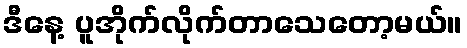
ဒီနေ့ ပူအိုက်လိုက်တာသေတော့မယ်။